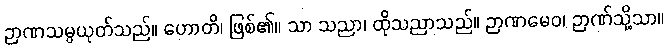
ဉာဏသမ္ပယုတ်သည်။ ဟောတိ၊ ဖြစ်၏။ သာ သညာ၊ ထိုသညာသည်။ ဉာဏမေဝ၊ ဉာဏ်သို့သာ။